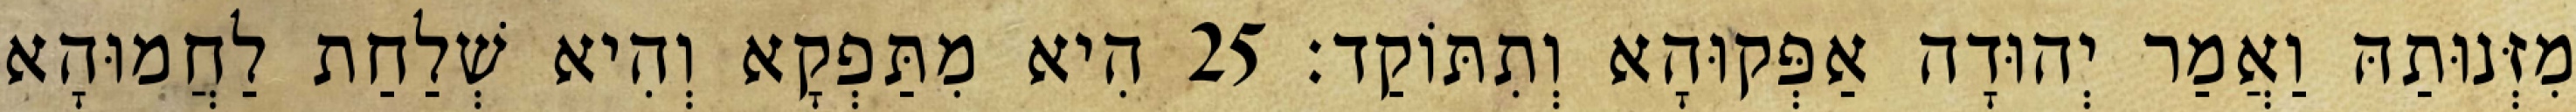
מִזְּנוּתַהּ וַאֲמַר יְהוּדָה אַפְּקוּהָא וְתִתּוֹקַד׃ 25 הִיא מִתַּפְקָא וְהִיא שְׁלַחַת לַחֲמוּהָא